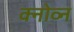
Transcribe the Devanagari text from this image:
क्नोव्न